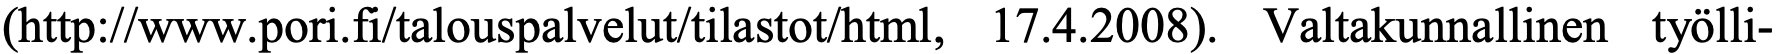
(http://www.pori.fi/talouspalvelut/tilastot/html, 17.4.2008). Valtakunnallinen työlli-